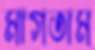
মাগতাম